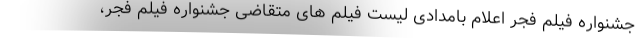
جشنواره فیلم فجر اعلام بامدادی لیست فیلم های متقاضی جشنواره فیلم فجر،